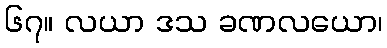
၆၇။ လယာ ဒသ ခဏလယော၊